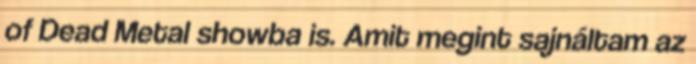
of Dead Metal showba is. Amit megint sajnáltam az